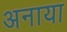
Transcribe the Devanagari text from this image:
अनाया